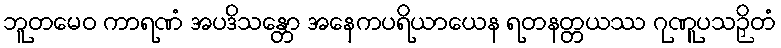
ဘူတမေဝ ကာရဏံ အပဒိသန္တော အနေကပရိယာယေန ရတနတ္တယဿ ဂုဏူပသဉှိတံ